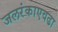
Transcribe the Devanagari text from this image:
जलरंकाएवढा